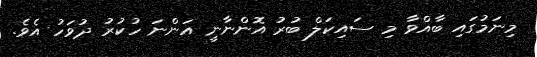
މިނަމުގައި ބާއްވާ މި ސައިކަލް ބުރު އޮންނާނީ އަންނަ ހުކުރު ދުވަހު އެވެ.